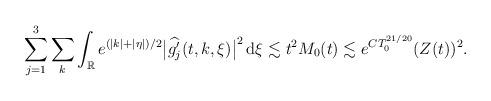
LaTeX: \begin{align*}\sum_{j=1}^3\sum_k\int_{\mathbb{R}}e^{(|k|+|\eta|)/2}\big|\widehat{g_j'}(t,k,\xi)\big|^2\,\mathrm{d}\xi\lesssim t^2M_0(t)\lesssim e^{CT_0^{21/20}}(Z(t))^2.\end{align*}